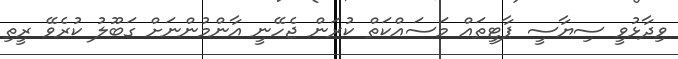
ވިދާޅުވީ ސިޔާސީ ޕާޓީތައް މަސައްކަތް ކުރަން ޖެހޭނީ އާންމުންނަށް ގަބޫލު ކުރެވޭ ރީތި